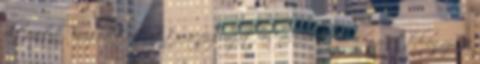
öltözött, megváltoztatta a frizuráját, és felvállalta, hogy otthagyja a